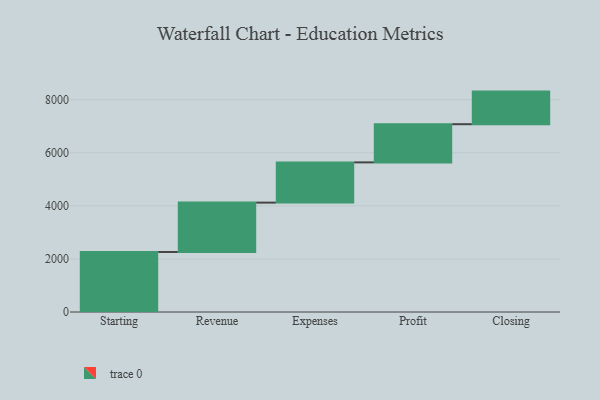
{"axis": {"x": "Step", "y": "Value"}, "legend": [""], "data": [{"x": "Starting", "y": 2263.0, "type": ""}, {"x": "Revenue", "y": 1860.0, "type": ""}, {"x": "Expenses", "y": 1517.0, "type": ""}, {"x": "Profit", "y": 1439.0, "type": ""}, {"x": "Closing", "y": 1229.0, "type": ""}]}